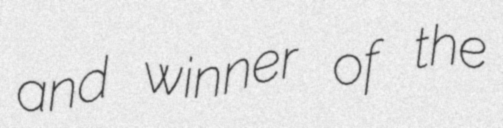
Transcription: and winner of the